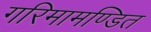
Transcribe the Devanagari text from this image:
गरिमामण्डित